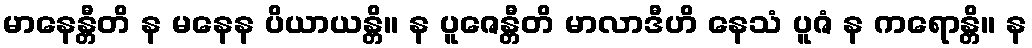
မာနေန္တီတိ န မနေန ပိယာယန္တိ။ န ပူဇေန္တီတိ မာလာဒီဟိ နေသံ ပူဇံ န ကရောန္တိ။ န